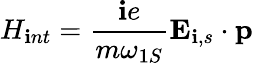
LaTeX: H_{\mathbf{i}nt}=\frac{{\mathbf{i}e}}{{m\omega_{1S}}}{\mathbf{E}}_{\mathbf{i},s}\cdot{\mathbf{p}}